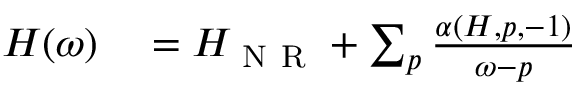
\begin{array} { r } { \begin{array} { r l } { H ( \omega ) } & { { } = H _ { \mathrm { ~ N ~ R ~ } } + \sum _ { p } \frac { \alpha ( H , p , - 1 ) } { \omega - p } } \end{array} } \end{array}